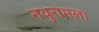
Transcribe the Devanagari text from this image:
नथुरामला